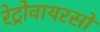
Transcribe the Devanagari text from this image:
रेट्रोवायरसों